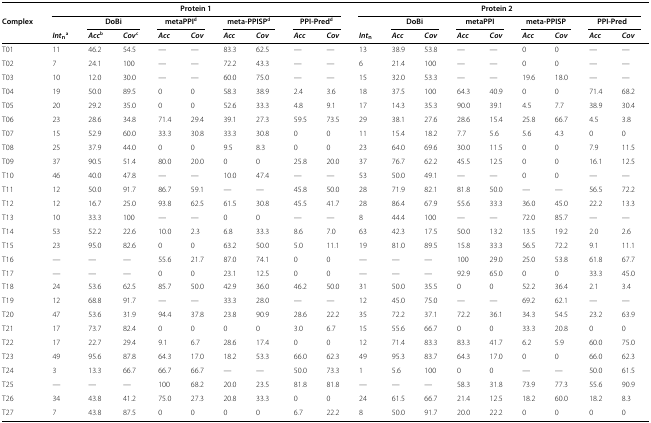
<table><thead><tr><td><b> </b></td><td colspan="9"><b>Protein 1</b></td><td colspan="9"><b>Protein 2</b></td><td><b> </b></td><td><b> </b></td></tr><tr><td><b>Complex</b></td><td><b> </b></td><td colspan="2"><b>DoBi</b></td><td colspan="2"><b>metaPPI<sup>d</sup></b></td><td colspan="2"><b>meta-PPISP<sup>d</sup></b></td><td colspan="2"><b>PPI-Pred<sup>d</sup></b></td><td><b> </b></td><td colspan="2"><b>DoBi</b></td><td colspan="2"><b>metaPPI<sup>d</sup></b></td><td colspan="2"><b>meta-PPISP</b></td><td colspan="2"><b>PPI-Pred</b></td><td><b> </b></td><td><b> </b></td></tr><tr><td><b> </b></td><td><b><i>Int</i><sub>n</sub><sup>a</sup></b></td><td><b><i>Acc</i><sup>b</sup></b></td><td><b><i>Cov</i><sup>c</sup></b></td><td><b><i>Acc</i></b></td><td><b><i>Cov</i></b></td><td><b><i>Acc</i></b></td><td><b><i>Cov</i></b></td><td><b><i>Acc</i></b></td><td><b><i>Cov</i></b></td><td><b><i>Int</i><sub>n</sub></b></td><td><b><i>Acc</i></b></td><td><b><i>Cov</i></b></td><td><b><i>Acc</i></b></td><td><b><i>Cov</i></b></td><td><b><i>Acc</i></b></td><td><b><i>Cov</i></b></td><td><b><i>Acc</i></b></td><td><b><i>Cov</i></b></td><td><b> </b></td><td><b> </b></td></tr></thead><tbody><tr><td>T01</td><td>11</td><td>46.2</td><td>54.5</td><td>—</td><td>—</td><td>83.3</td><td>62.5</td><td>—</td><td>—</td><td>13</td><td>38.9</td><td>53.8</td><td>—</td><td>—</td><td>0</td><td>0</td><td>—</td><td>—</td><td> </td><td> </td></tr><tr><td>T02</td><td>7</td><td>24.1</td><td>100</td><td>—</td><td>—</td><td>72.2</td><td>43.3</td><td>—</td><td>—</td><td>6</td><td>21.4</td><td>100</td><td>—</td><td>—</td><td>0</td><td>0</td><td>—</td><td>—</td><td> </td><td> </td></tr><tr><td>T03</td><td>10</td><td>12.0</td><td>30.0</td><td>—</td><td>—</td><td>60.0</td><td>75.0</td><td>—</td><td>—</td><td>15</td><td>32.0</td><td>53.3</td><td>—</td><td>—</td><td>19.6</td><td>18.0</td><td>—</td><td>—</td><td> </td><td> </td></tr><tr><td>T04</td><td>19</td><td>50.0</td><td>89.5</td><td>0</td><td>0</td><td>58.3</td><td>38.9</td><td>2.4</td><td>3.6</td><td>18</td><td>37.5</td><td>100</td><td>64.3</td><td>40.9</td><td>0</td><td>0</td><td>71.4</td><td>68.2</td><td> </td><td> </td></tr><tr><td>T05</td><td>20</td><td>29.2</td><td>35.0</td><td>0</td><td>0</td><td>52.6</td><td>33.3</td><td>4.8</td><td>9.1</td><td>17</td><td>14.3</td><td>35.3</td><td>90.0</td><td>39.1</td><td>4.5</td><td>7.7</td><td>38.9</td><td>30.4</td><td> </td><td> </td></tr><tr><td>T06</td><td>23</td><td>28.6</td><td>34.8</td><td>71.4</td><td>29.4</td><td>39.1</td><td>27.3</td><td>59.5</td><td>73.5</td><td>29</td><td>38.1</td><td>27.6</td><td>28.6</td><td>15.4</td><td>25.8</td><td>66.7</td><td>4.5</td><td>3.8</td><td> </td><td> </td></tr><tr><td>T07</td><td>15</td><td>52.9</td><td>60.0</td><td>33.3</td><td>30.8</td><td>33.3</td><td>30.8</td><td>0</td><td>0</td><td>11</td><td>15.4</td><td>18.2</td><td>7.7</td><td>5.6</td><td>5.6</td><td>4.3</td><td>0</td><td>0</td><td> </td><td> </td></tr><tr><td>T08</td><td>25</td><td>37.9</td><td>44.0</td><td>0</td><td>0</td><td>9.5</td><td>8.3</td><td>0</td><td>0</td><td>23</td><td>64.0</td><td>69.6</td><td>30.0</td><td>11.5</td><td>0</td><td>0</td><td>7.9</td><td>11.5</td><td> </td><td> </td></tr><tr><td>T09</td><td>37</td><td>90.5</td><td>51.4</td><td>80.0</td><td>20.0</td><td>0</td><td>0</td><td>25.8</td><td>20.0</td><td>37</td><td>76.7</td><td>62.2</td><td>45.5</td><td>12.5</td><td>0</td><td>0</td><td>16.1</td><td>12.5</td><td> </td><td> </td></tr><tr><td>T10</td><td>46</td><td>40.0</td><td>47.8</td><td>—</td><td>—</td><td>10.0</td><td>47.4</td><td>—</td><td>—</td><td>53</td><td>50.0</td><td>49.1</td><td>—</td><td>—</td><td>0</td><td>0</td><td>—</td><td>—</td><td> </td><td> </td></tr><tr><td>T11</td><td>12</td><td>50.0</td><td>91.7</td><td>86.7</td><td>59.1</td><td>—</td><td>—</td><td>45.8</td><td>50.0</td><td>28</td><td>71.9</td><td>82.1</td><td>81.8</td><td>50.0</td><td>—</td><td>—</td><td>56.5</td><td>72.2</td><td> </td><td> </td></tr><tr><td>T12</td><td>12</td><td>16.7</td><td>25.0</td><td>93.8</td><td>62.5</td><td>61.5</td><td>30.8</td><td>45.5</td><td>41.7</td><td>28</td><td>86.4</td><td>67.9</td><td>55.6</td><td>33.3</td><td>36.0</td><td>45.0</td><td>22.2</td><td>13.3</td><td> </td><td> </td></tr><tr><td>T13</td><td>10</td><td>33.3</td><td>100</td><td>—</td><td>—</td><td>0</td><td>0</td><td>—</td><td>—</td><td>8</td><td>44.4</td><td>100</td><td>—</td><td>—</td><td>72.0</td><td>85.7</td><td>—</td><td>—</td><td> </td><td> </td></tr><tr><td>T14</td><td>53</td><td>52.2</td><td>22.6</td><td>10.0</td><td>2.3</td><td>6.8</td><td>33.3</td><td>8.6</td><td>7.0</td><td>63</td><td>42.3</td><td>17.5</td><td>50.0</td><td>13.2</td><td>13.5</td><td>19.2</td><td>2.0</td><td>2.6</td><td> </td><td> </td></tr><tr><td>T15</td><td>23</td><td>95.0</td><td>82.6</td><td>0</td><td>0</td><td>63.2</td><td>50.0</td><td>5.0</td><td>11.1</td><td>19</td><td>81.0</td><td>89.5</td><td>15.8</td><td>33.3</td><td>56.5</td><td>72.2</td><td>9.1</td><td>11.1</td><td> </td><td> </td></tr><tr><td>T16</td><td>—</td><td>—</td><td>—</td><td>55.6</td><td>21.7</td><td>87.0</td><td>74.1</td><td>0</td><td>0</td><td>—</td><td>—</td><td>—</td><td>100</td><td>29.0</td><td>25.0</td><td>53.8</td><td>61.8</td><td>67.7</td><td> </td><td> </td></tr><tr><td>T17</td><td>—</td><td>—</td><td>—</td><td>0</td><td>0</td><td>23.1</td><td>12.5</td><td>0</td><td>0</td><td>—</td><td>—</td><td>—</td><td>92.9</td><td>65.0</td><td>0</td><td>0</td><td>33.3</td><td>45.0</td><td> </td><td> </td></tr><tr><td>T18</td><td>24</td><td>53.6</td><td>62.5</td><td>85.7</td><td>50.0</td><td>42.9</td><td>36.0</td><td>46.2</td><td>50.0</td><td>31</td><td>50.0</td><td>35.5</td><td>0</td><td>0</td><td>52.2</td><td>36.4</td><td>2.1</td><td>3.4</td><td> </td><td> </td></tr><tr><td>T19</td><td>12</td><td>68.8</td><td>91.7</td><td>—</td><td>—</td><td>33.3</td><td>28.0</td><td>—</td><td>—</td><td>12</td><td>45.0</td><td>75.0</td><td>—</td><td>—</td><td>69.2</td><td>62.1</td><td>—</td><td>—</td><td> </td><td> </td></tr><tr><td>T20</td><td>47</td><td>53.6</td><td>31.9</td><td>94.4</td><td>37.8</td><td>23.8</td><td>90.9</td><td>28.6</td><td>22.2</td><td>35</td><td>72.2</td><td>37.1</td><td>72.2</td><td>36.1</td><td>34.3</td><td>54.5</td><td>23.2</td><td>63.9</td><td> </td><td> </td></tr><tr><td>T21</td><td>17</td><td>73.7</td><td>82.4</td><td>0</td><td>0</td><td>0</td><td>0</td><td>3.0</td><td>6.7</td><td>15</td><td>55.6</td><td>66.7</td><td>0</td><td>0</td><td>33.3</td><td>20.8</td><td>0</td><td>0</td><td> </td><td> </td></tr><tr><td>T22</td><td>17</td><td>22.7</td><td>29.4</td><td>9.1</td><td>6.7</td><td>28.6</td><td>17.4</td><td>0</td><td>0</td><td>12</td><td>71.4</td><td>83.3</td><td>83.3</td><td>41.7</td><td>6.2</td><td>5.9</td><td>60.0</td><td>75.0</td><td> </td><td> </td></tr><tr><td>T23</td><td>49</td><td>95.6</td><td>87.8</td><td>64.3</td><td>17.0</td><td>18.2</td><td>53.3</td><td>66.0</td><td>62.3</td><td>49</td><td>95.3</td><td>83.7</td><td>64.3</td><td>17.0</td><td>0</td><td>0</td><td>66.0</td><td>62.3</td><td> </td><td> </td></tr><tr><td>T24</td><td>3</td><td>13.3</td><td>66.7</td><td>66.7</td><td>66.7</td><td>—</td><td>—</td><td>50.0</td><td>73.3</td><td>1</td><td>5.6</td><td>100</td><td>0</td><td>0</td><td>—</td><td>—</td><td>50.0</td><td>61.5</td><td> </td><td> </td></tr><tr><td>T25</td><td>—</td><td>—</td><td>—</td><td>100</td><td>68.2</td><td>20.0</td><td>23.5</td><td>81.8</td><td>81.8</td><td>—</td><td>—</td><td>—</td><td>58.3</td><td>31.8</td><td>73.9</td><td>77.3</td><td>55.6</td><td>90.9</td><td> </td><td> </td></tr><tr><td>T26</td><td>34</td><td>43.8</td><td>41.2</td><td>75.0</td><td>27.3</td><td>20.8</td><td>33.3</td><td>0</td><td>0</td><td>24</td><td>61.5</td><td>66.7</td><td>21.4</td><td>12.5</td><td>18.2</td><td>60.0</td><td>18.2</td><td>8.3</td><td> </td><td> </td></tr><tr><td>T27</td><td>7</td><td>43.8</td><td>87.5</td><td>0</td><td>0</td><td>0</td><td>0</td><td>6.7</td><td>22.2</td><td>8</td><td>50.0</td><td>91.7</td><td>20.0</td><td>22.2</td><td>0</td><td>0</td><td>0</td><td>0</td><td> </td><td> </td></tr></tbody></table>